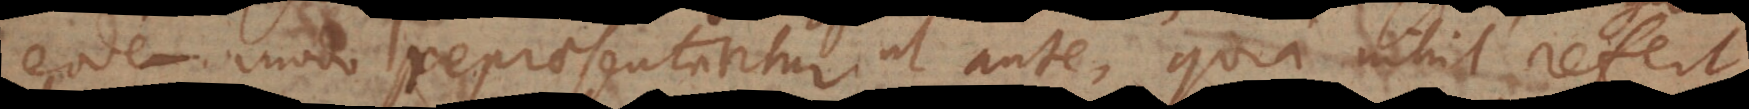
eodem modo repraesentantur ut ante, quia nihil refert